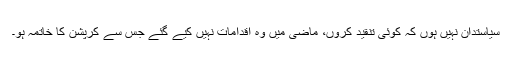
سیاستدان نہیں ہوں کہ کوئی تنقید کروں، ماضی میں وہ اقدامات نہیں کیے گئے جس سے کرپشن کا خاتمہ ہو۔